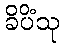
ခိပိံသု